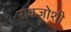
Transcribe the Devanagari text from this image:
रावजोशी